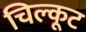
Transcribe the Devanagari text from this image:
चिल्कूट